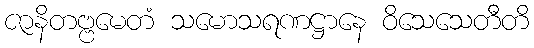
ဇာနိတဗ္ဗမေတံ သမောသရဏဋ္ဌာနေ ဝိသေသေတီတိ